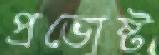
প্রভোষ্ট